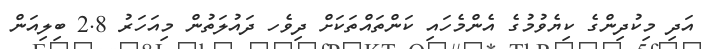
އަދި މިކުދިންގެ ކިޔެވުމުގެ އެންމެހައި ކަންތައްތަކަށް ދިވެހ ދައުލަތުން މިއަހަރު 2.8 ބިލިއަން